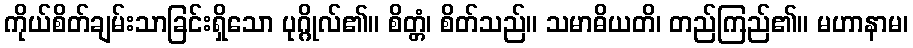
ကိုယ်စိတ်ချမ်းသာခြင်းရှိသော ပုဂ္ဂိုလ်၏။ စိတ္တံ၊ စိတ်သည်။ သမာဓိယတိ၊ တည်ကြည်၏။ မဟာနာမ၊